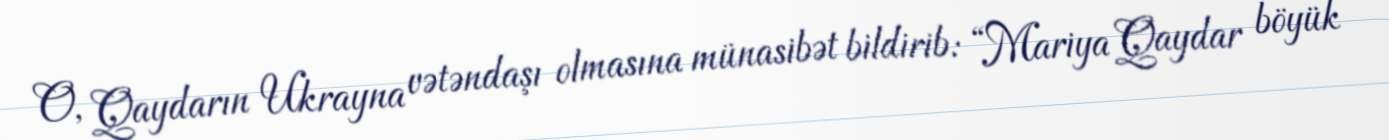
O, Qaydarın Ukrayna vətəndaşı olmasına münasibət bildirib: “Mariya Qaydar böyük